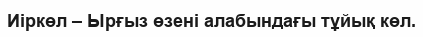
Иіркөл – Ырғыз өзені алабындағы тұйық көл.